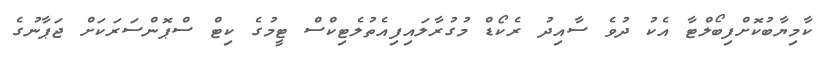
ކާމިޔާބުކޮށްފިބޯލްޓާ އެކު ދުވެ ސާއިދު ރެކޯޑް މުުގުރާލައިފިއެތުލެޓިކްސް ޓީމުގެ ކިޓް ސްޕޮންސަރަކަށް ޖަޕާނުގެ